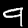
Digit: 9